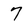
Character: 7